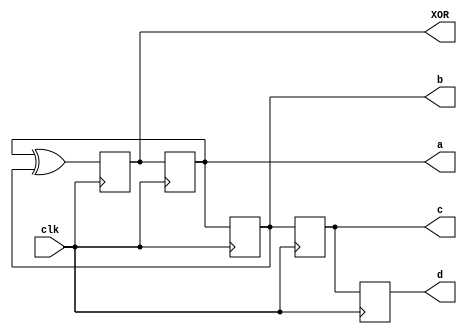
module pseudo_random_num(
	output XOR,a,b,c,d,
	input clk
	);

wire clk;
reg XOR,a,b,c,d;

initial begin
	// a,b,c,d can be assigned anything except all 0s
	a = 1;
	b = 0;
	c = 1;
	d = 0;
	XOR = 1;
end

always @(posedge clk)
begin
	XOR <= a ^ b;
	a <= XOR;
	b <= a;
	c <= b;
	d <= c;
end

endmodule